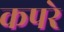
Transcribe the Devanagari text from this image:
कपरे